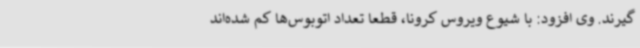
گیرند. وی افزود: با شیوع ویروس کرونا، قطعا تعداد اتوبوس‌ها کم شده‌اند